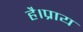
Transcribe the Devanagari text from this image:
है।प्राय